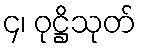
၄၊ ဝုဋ္ဌိသုတ်